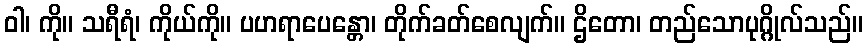
ဝါ၊ ကို။ သရီရံ၊ ကိုယ်ကို။ ပဟရာပေန္တော၊ တိုက်ခတ်စေလျက်။ ဌိတော၊ တည်သောပုဂ္ဂိုလ်သည်။